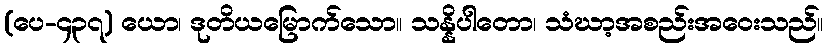
(ပေ-၄၃၇) ယော၊ ဒုတိယမြောက်သော။ သန္နိပါတော၊ သံဃာ့အစည်းအဝေးသည်။